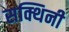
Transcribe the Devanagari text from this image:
सक्थिनी